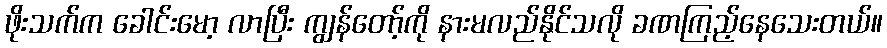
ဖိုးသက်က ခေါင်းမော့ လာပြီး ကျွန်တော့်ကို နားမလည်နိုင်သလို ခဏကြည့်နေသေးတယ်။